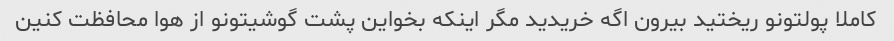
کاملا پولتونو ریختید بیرون اگه خریدید مگر اینکه بخواین پشت گوشیتونو از هوا محافظت کنین